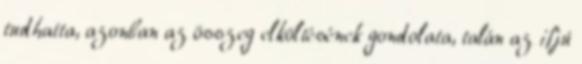
tudhatta, azonban az összeg elköltésének gondolata, talán az ifjú